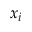
x _ { i }